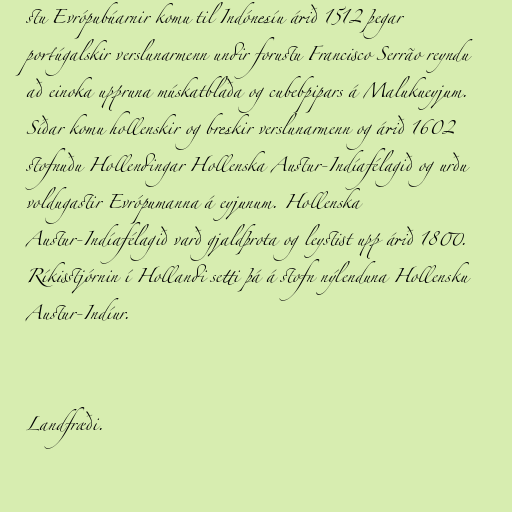
stu Evrópubúarnir komu til Indónesíu árið 1512 þegar
portúgalskir verslunarmenn undir forustu Francisco Serrão reyndu
að einoka uppruna múskatblaða og cubebpipars á Malukueyjum.
Síðar komu hollenskir og breskir verslunarmenn og árið 1602
stofnuðu Hollendingar Hollenska Austur-Indíafélagið og urðu
voldugastir Evrópumanna á eyjunum. Hollenska
Austur-Indíafélagið varð gjaldþrota og leystist upp árið 1800.
Ríkisstjórnin í Hollandi setti þá á stofn nýlenduna Hollensku
Austur-Indíur.

Landfræði.